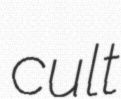
cult